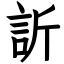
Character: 訢